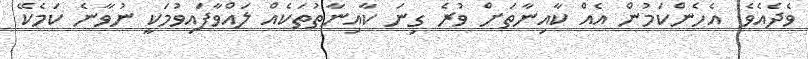
ވެދެއެވެ. އެހެންކަމުން އެއް ކާއިނާތަށް ވުރެ ގިނަ ކާއިނާތުތަކެއް ލައްވާފައިވުމަކީ ނުވާނެ ކަމެކޭ